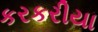
કરકરીયા